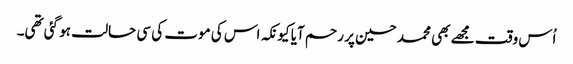
اُس وقت مجھے بھی محمد حسین پر رحم آیا کیونکہ اس کی موت کی سی حالت ہو گئی تھی۔